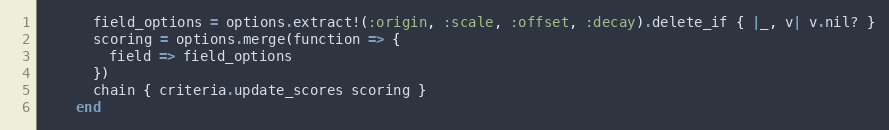
Language: Ruby
      field_options = options.extract!(:origin, :scale, :offset, :decay).delete_if { |_, v| v.nil? }
      scoring = options.merge(function => {
        field => field_options
      })
      chain { criteria.update_scores scoring }
    end